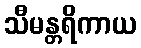
သီမန္တရိကာယ